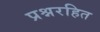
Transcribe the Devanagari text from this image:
प्रश्नरहित